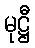
မုဋ္ဌီ